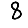
Digit: 8